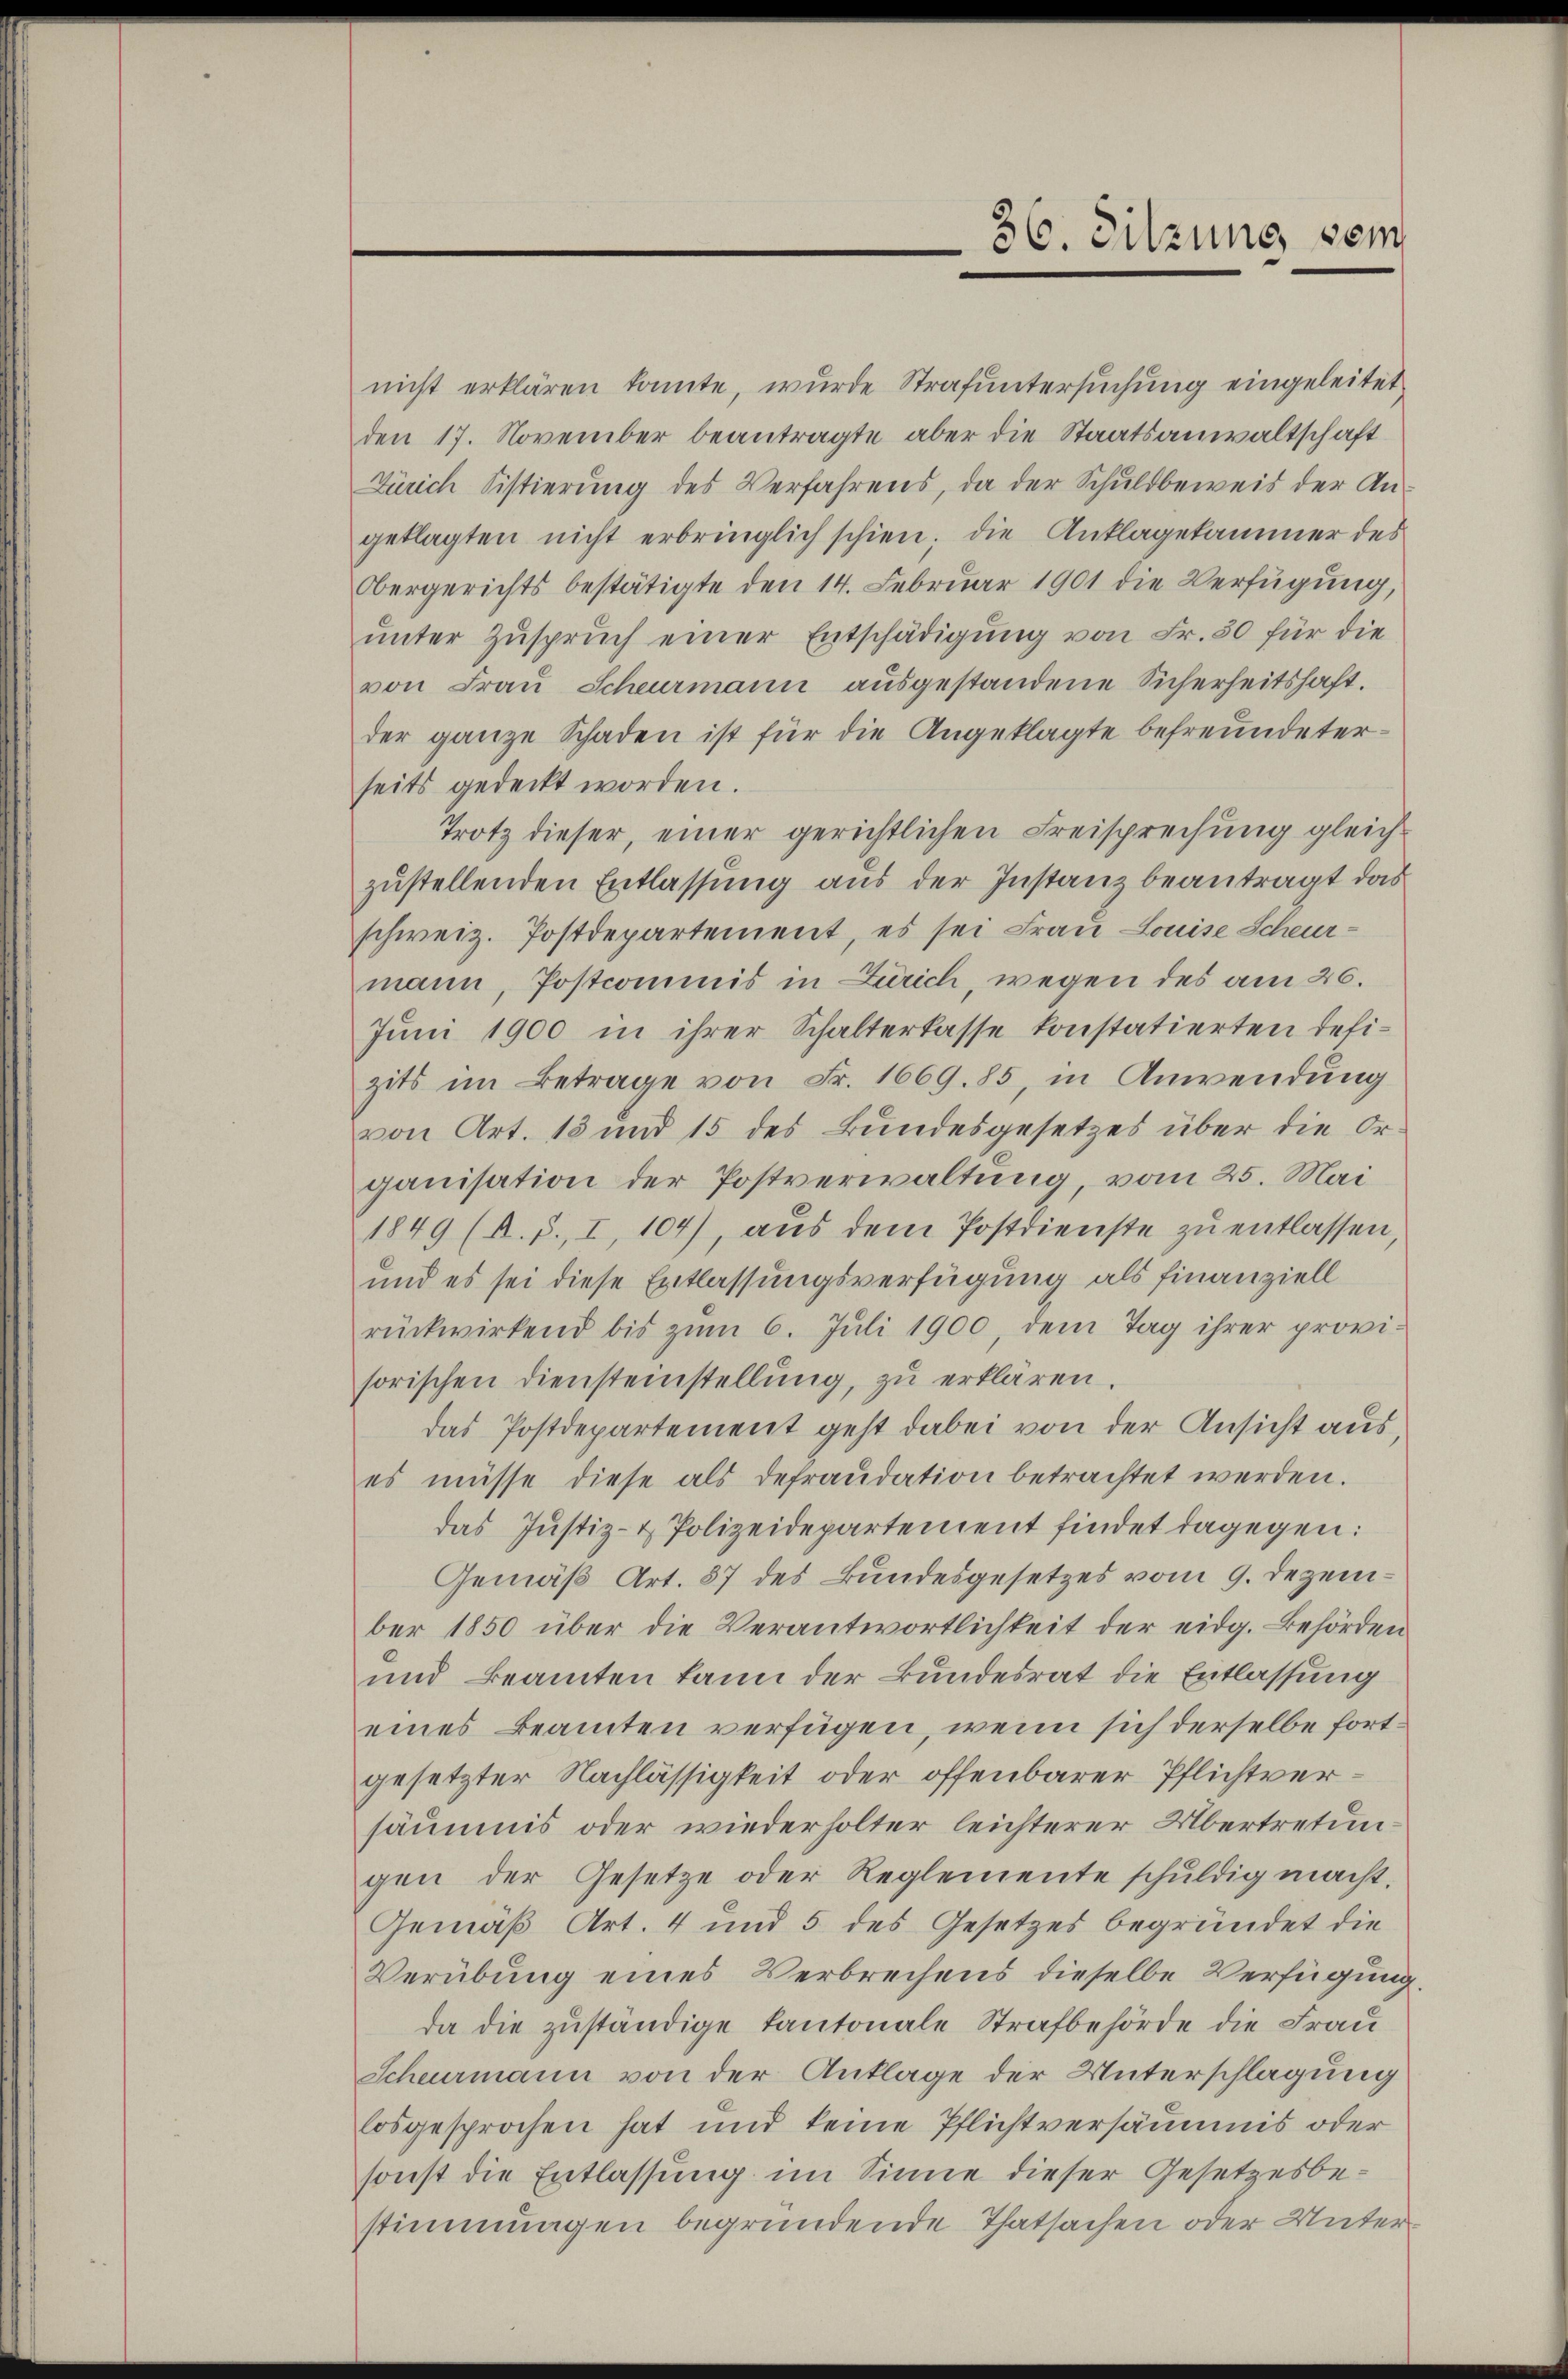
nicht erklären konnte, wurde Strafuntersuchung eingeleitet.
den 17. November beantragte aber die Staatsanwaltschaft
Zürich Sistierung des Verfahrens, da der Schuldbeweis der Angeklagten nicht erbringlich schien; die Anklagekammer des
Obergerichts bestätigte den 14. Februar 1901 die Verfügŭng,
unter Zuspruch einer Entschädigung von Fr. 50 für die
von Fraŭ Scheurmann aŭsgestandene Sicherheitshaft.
der ganze Schaden ist für die Angeklagte befreundeterseits gedeckt worden.
Trotz dieser, einer gerichtlichen Freisprechung gleichzustellenden Entlassung aus der Instanz beantragt das
schweiz. Postdepartement, es sei Frau Louise Scheurmann, Postcommis in Zürich, wegen des am 26.
Juni 1900 in ihrer Schalterlasse konstatierten defizits im Betrage von Fr. 1669. 85, in Anwendung
von Art. 13 und 15 des Bundesgesetzes über die Or-
ganisation der Postverwaltung, vom 25. Mai
1849 (R. P., I, 104), aus dem Postdienste zu entlassen
und es sei diese Entlassungsverfügung als finanziell
rückwirkend bis zum 6. Juli 1900, dem Tag ihrer provisorischen Diensteinstellung, zu erklären.
das Postdepartement geht dabei von der Ansicht aus,
es müsse diese als defraudation betrachtet werden.
das Justiz- & Polizeidepartement findet dagegen:
Gemäß Art. 87 des Bundesgesetzes vom 9. Dezember 1850 über die Verantwortlichkeit der eidg. Behörden
und Beamten kann der Bundesrat die Entlassung
eines Beamten verfügen, wenn sich derselbe fortgesetzter Nachlässigkeit oder offenbarer Pflichtversäumis oder wiederholter leichterer Übertretungen der Gesetze oder Reglemente schŭldig macht.
Gemäß Art. 4 und 5 des Gesetzes begründet die
Verübung eines Verbrechens dieselbe Verfügung
da die zuständige Kantonale Strafbehörde die Frau
Schermann von der Anklage der Unterschlagung
losgesprochen hat und keine Pflichtversäumnis oder
sonst die Entlassung im Sinne dieser Gesetzesbestimmungen begründende Thatsachen oder Unter¬

36. Sitzung sein